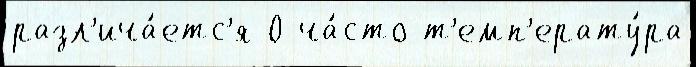
разл'ича́етс'я 0 ча́сто т'емп'ерату́ра